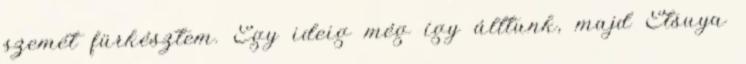
szemét fürkésztem. Egy ideig még így álltunk, majd Etsuya